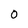
Character: 0